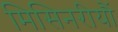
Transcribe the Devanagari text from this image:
मिसिनरीयौं